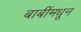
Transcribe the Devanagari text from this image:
बाबींमधून